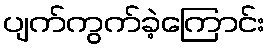
ပျက်ကွက်ခဲ့ကြောင်း